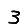
Digit: 3